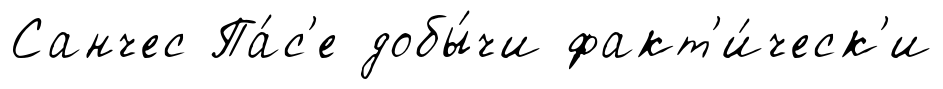
Санчес Па́с'е добы́чи факт'и́ческ'и